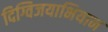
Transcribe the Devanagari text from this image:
दिग्विजयाभियान